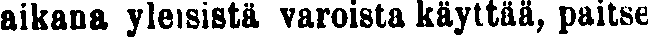
aikana yleisistä varoista käyttää, paitse